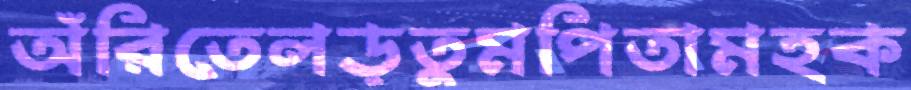
অঁরিতেলড়তুমপিতামহক